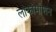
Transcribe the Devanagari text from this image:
लोकोमोशन